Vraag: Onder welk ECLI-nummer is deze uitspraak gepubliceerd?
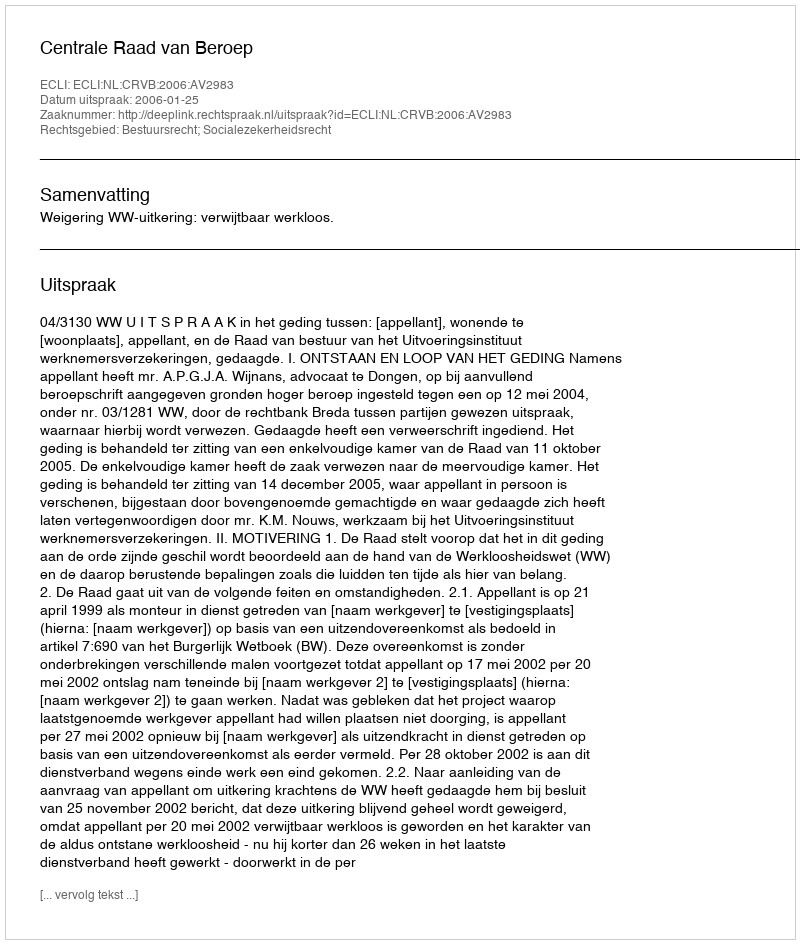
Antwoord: ECLI:NL:CRVB:2006:AV2983